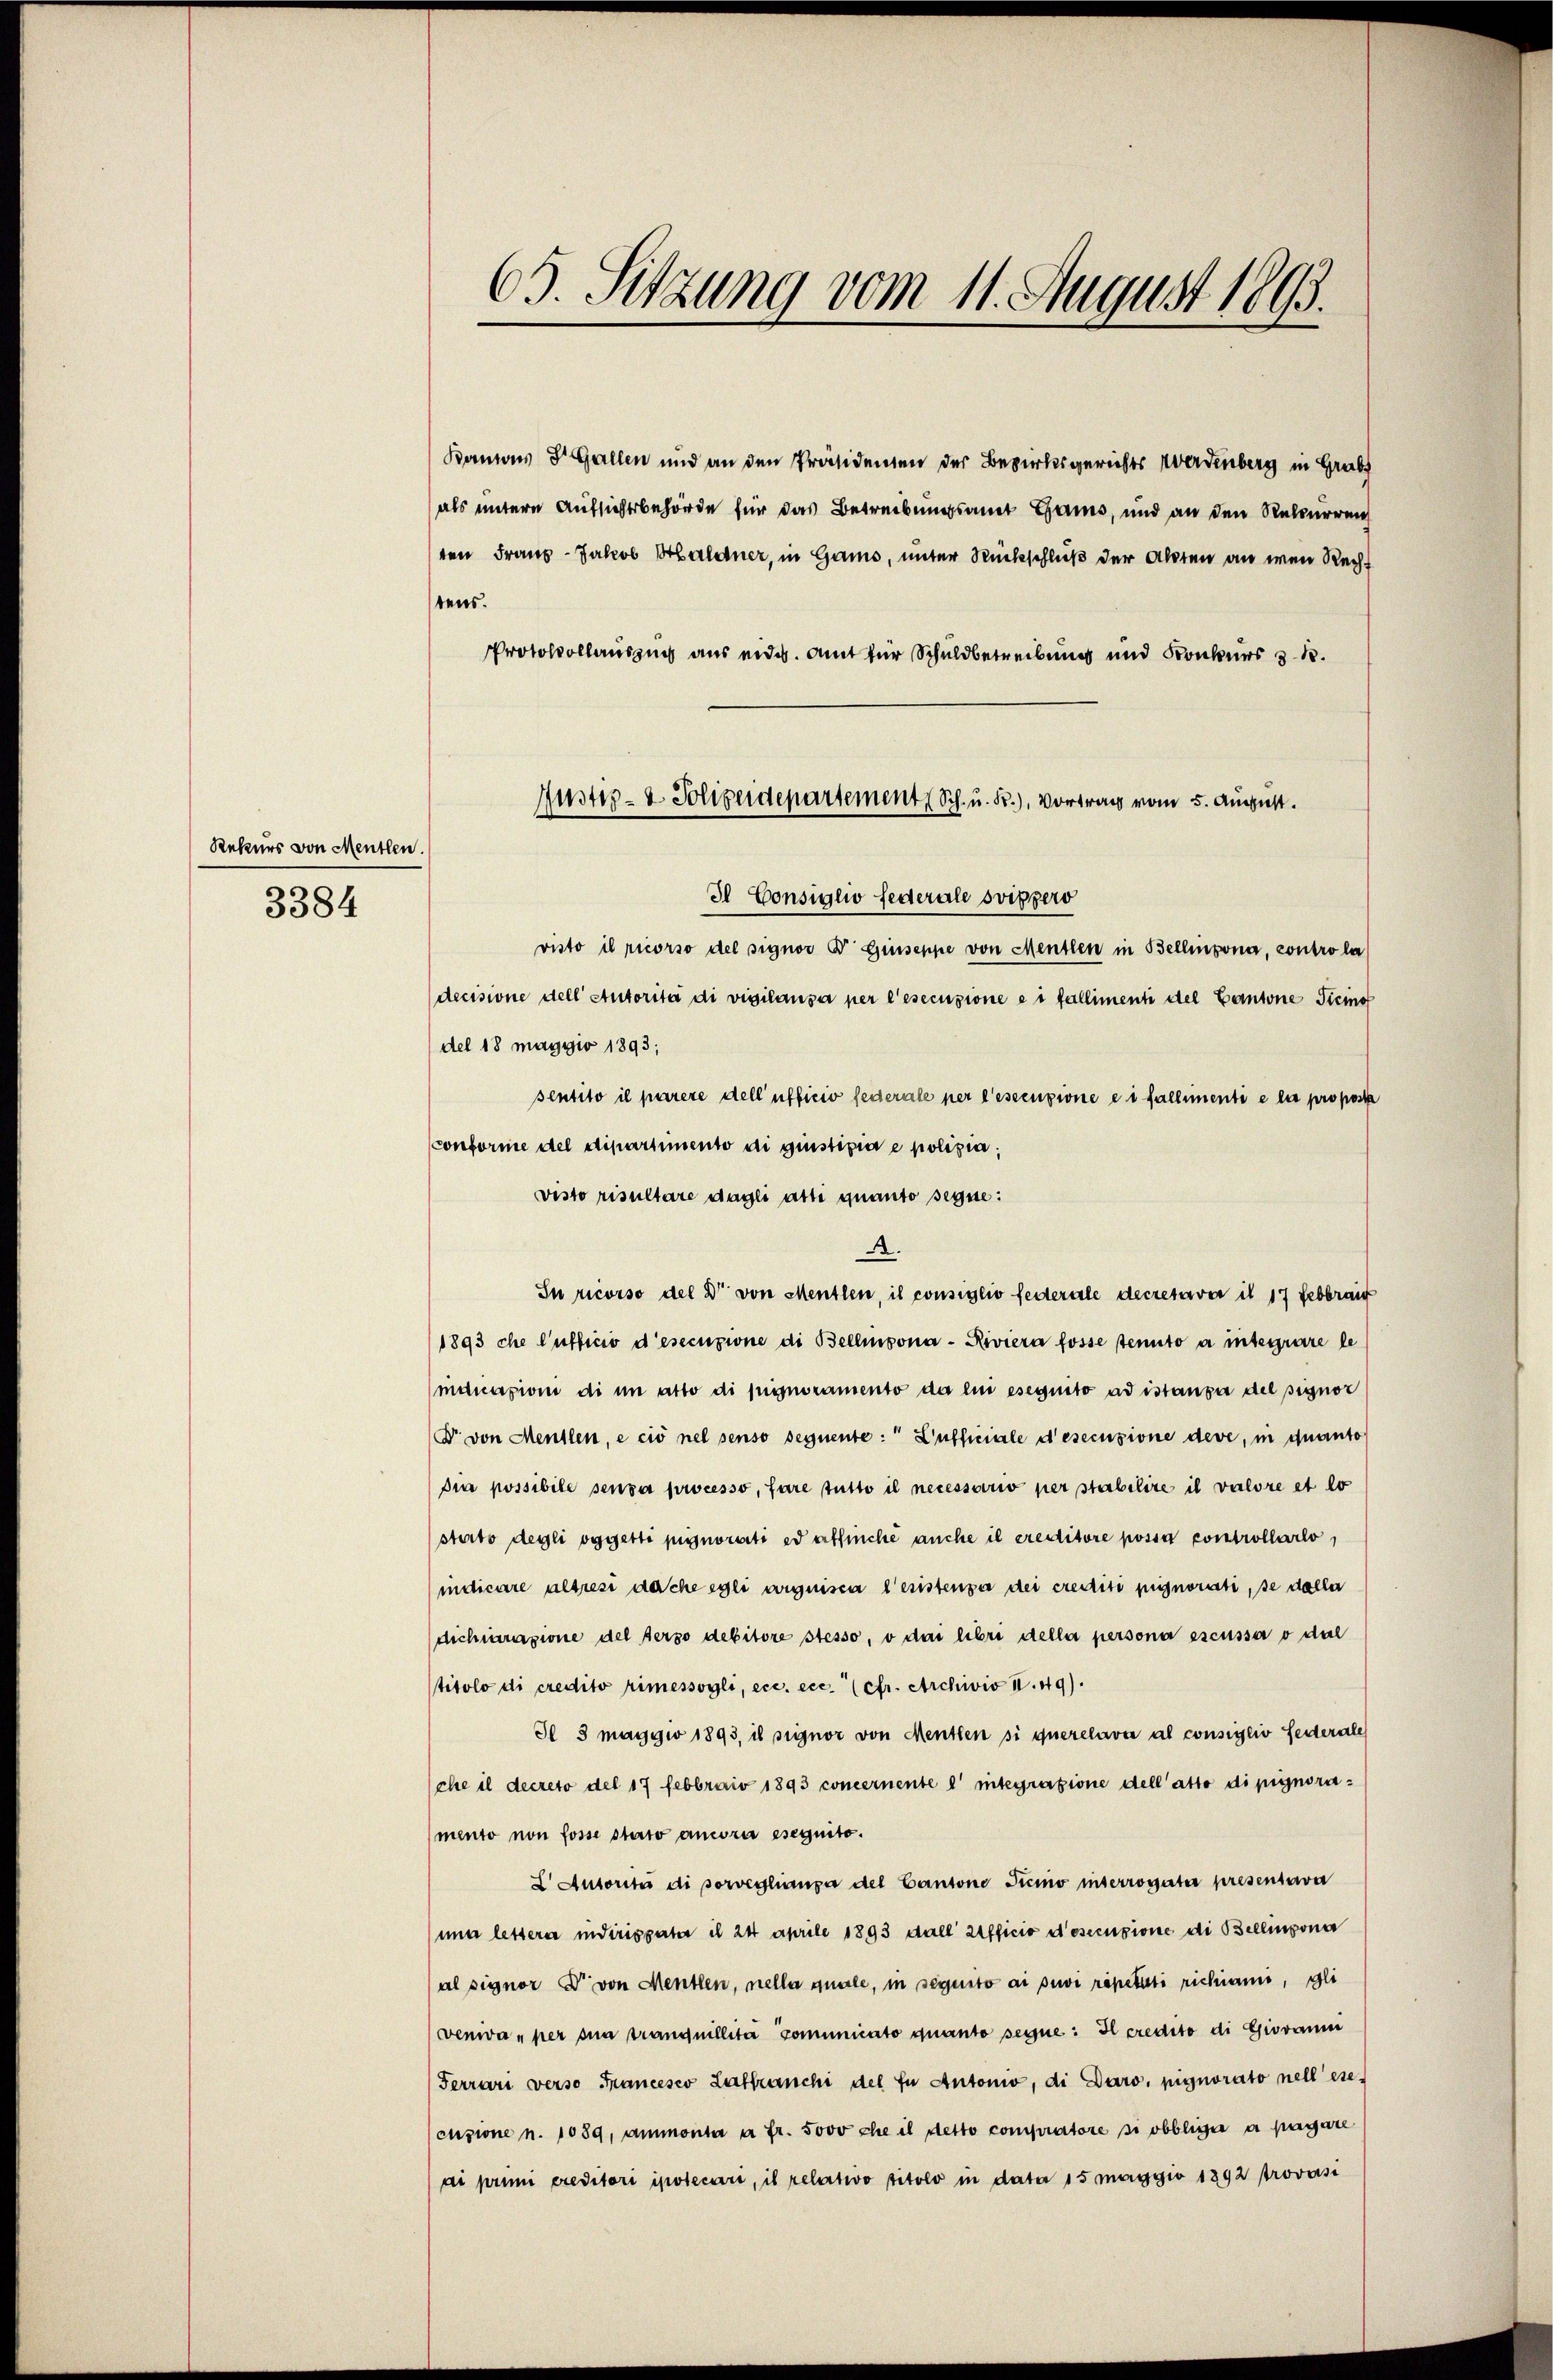
Rekurs von Menten.

3384

Bamons Dr. Gallen und an den Präsidenten der Bezirksgerichts Werdenberg in Grab
als untere Aufsichtsbehörde für das Betreibungsamt Gams, und an den Rekurrenh
ten Franz-Jakob Haldner, in Gams, unter Rückschluß der Akten an wenn Rechstens.
Protokollauszug aus eides. Amt für Schuldbetreibung und Konkurs & 1.
Il Consiglio federate Svizzero
visto il ricorso del signor Dr. Giuseppe von Menten in Bellinzona, contro la
decisione dell Autorità di vigilausa per l’esecuzione e i fallimenti del Cantone Ticino
del 18 maggio 1893;
sentito il parere dell’ufficio federale per l’esecuzione es fallementi e la pro poste
conforme del dipartimento di giustizia e poliziavisto risultare dagli atti quanto seque:
A.
In ricorso del Dr. von Mentlen, il consiglio federale decresaver it 17 Febbraic
1893 che Aufficio d’esecuzione di Bellinzona - Riviera fosse stento a integrare le
manasioni di im atto di pignoramento da ein eseguito ad istanza del pignor
Dr. von Mentlen, e cio nel senso seguente: " Zufficiale d’esecuzione deve, in quanto
Dia possibile senza processo, fare tutto il necessario per stabilire il valore et lo
sterto degli oggetti pignorarti ed erbliche auche il creditore possen controllario,
indicare altresi dache egli arguisca leistenza dei crediti pignorati, se dalla
dichiarazione der Perso debitore stesso, o dai libri della persona escussi o dal
titolo di credito rimessogli, ecc. ecc. (cfr. Archivis I. 49).
Sl 3 maggio 1893, is signor von Menten si querelava al consiglio Federale
che il decreto del 17 Febbraiv 1893 concernente l’ integrazione dell’ atto di pignora¬
(mento non fosse stato ancore eseguito.
L Autoriti di porvegliaupa del Cantone Ticino interrogater presentava
nun lettere in dirigpata il 24 April 1893 dall’ afficio d’esecuzione di Bellinzona
al signor Dr von Menten, nella quale, in seguito ai puvi repetiti richiami, gli
venwar per sia Tranquillité comunicato quanto seyne: Il credito di Giovanni
Ferrari verso Francesco Laffranchi del in Antonio, di Daro, pignorato nell esecusione n. 1089, amonta a fr. sovo che il detto compratore si obbliger a pagare
ai primi creditori ipotecari, il relativo titolo in dato 15 maggio 1892 trovasi

63. Sitzung vom 11. August 1893.

Justiz- & Polizeidepartement (Sch. u. Fr.), Vortrag vom 5. August.